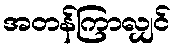
အတန်ကြာလျှင်